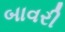
બાવરી